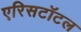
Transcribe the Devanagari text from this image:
एरिसटॉटल